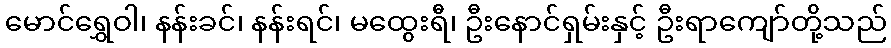
မောင်ရွှေဝါ၊ နန်းခင်၊ နန်းရင်၊ မထွေးရီ၊ ဦးနောင်ရှမ်းနှင့် ဦးရာကျော်တို့သည်